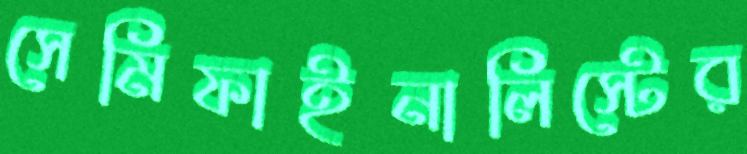
সেমিফাইনালিস্টের